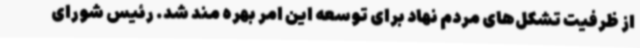
از ظرفیت تشکل‌های مردم نهاد برای توسعه این امر بهره مند شد. رئیس شورای